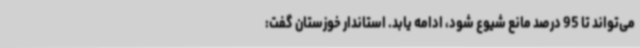
می‌تواند تا 95 درصد مانع شیوع شود، ادامه یابد. استاندار خوزستان گفت: